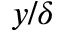
y / \delta